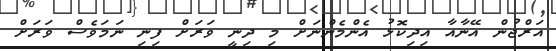
އަރްޖުން އޭނާއާ އިދިކޮޅު އެންމެންނަށް މި ދިނީ ވަރަށް ފިނި ނަމަވެސް ވަރަށް